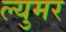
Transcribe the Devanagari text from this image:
ल्युमर